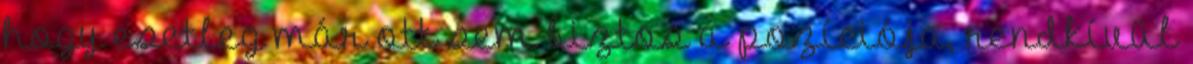
hogy esetleg már ott sem biztos a pozíciója, rendkívül